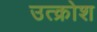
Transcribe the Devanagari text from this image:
उत्क्रोश